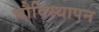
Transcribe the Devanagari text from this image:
चौविस्थापन